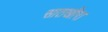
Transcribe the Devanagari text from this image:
सातखीरा